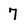
Character: 7